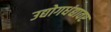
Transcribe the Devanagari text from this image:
उद्योगधंद्यावर